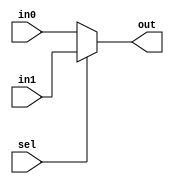
module mux2(input in0, input in1, input sel, output out);
    assign out = sel ? in1 : in0;
endmodule

module and3(
    input a, b, c,
    output y);
    wire ab;

// ======================
// = add your code here =
// ======================

endmodule